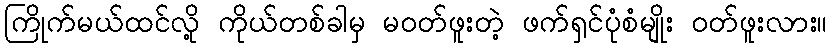
ကြိုက်မယ်ထင်လို့ ကိုယ်တစ်ခါမှ မဝတ်ဖူးတဲ့ ဖက်ရှင်ပုံစံမျိုး ဝတ်ဖူးလား။